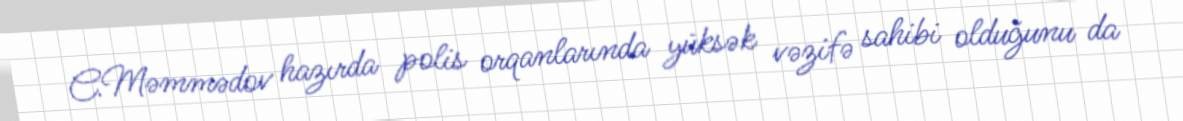
C.Məmmədov hazırda polis orqanlarında yüksək vəzifə sahibi olduğunu da